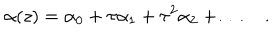
LaTeX: \alpha ( z ) = \alpha _ { 0 } + \tau \alpha _ { 1 } + \tau ^ { 2 } \alpha _ { 2 } + \ldots \quad .